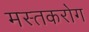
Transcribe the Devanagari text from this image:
मस्तकरोग